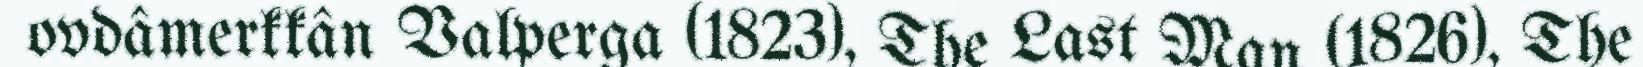
ovdâmerkkân Valperga (1823), The Last Man (1826), The